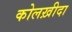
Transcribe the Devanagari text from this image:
कोलख़ीदा